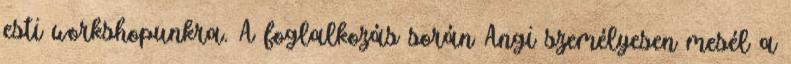
esti workshopunkra. A foglalkozás során Angi személyesen mesél a